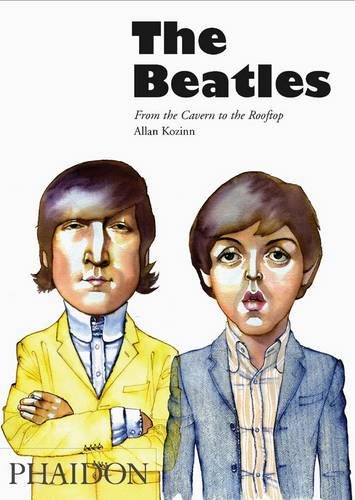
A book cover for The Beatles: From the Cavern to the Rooftop; Allan Kozinn; Humor & Entertainment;